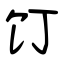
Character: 饤